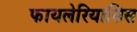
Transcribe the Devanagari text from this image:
फायलेरियासिस